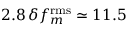
2 . 8 \, \delta f _ { m } ^ { \mathrm { r m s } } \simeq 1 1 . 5